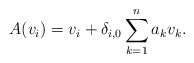
\begin{align*}A(v_{i})=v_{i}+\delta_{i,0}\sum_{k=1}^{n}a_{k}v_{k}.\end{align*}